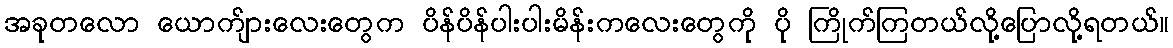
အခုတလော ယောက်ျားလေးတွေက ပိန်ပိန်ပါးပါးမိန်းကလေးတွေကို ပို ကြိုက်ကြတယ်လို့ပြောလို့ရတယ်။